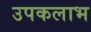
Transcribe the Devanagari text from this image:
उपकलाभ